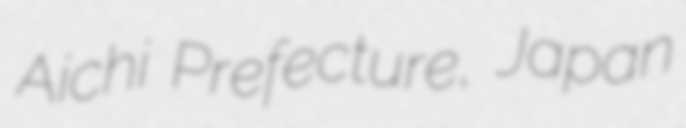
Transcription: Aichi Prefecture, Japan